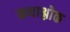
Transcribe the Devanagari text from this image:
कथाश्लोक